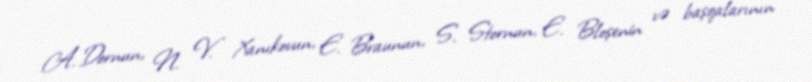
A. Dornun, N. V. Xanıkovun, E. Braunun, S. Stornun, E. Bloşenin və başqalarının